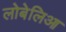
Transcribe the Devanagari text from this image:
लोबेलिआ